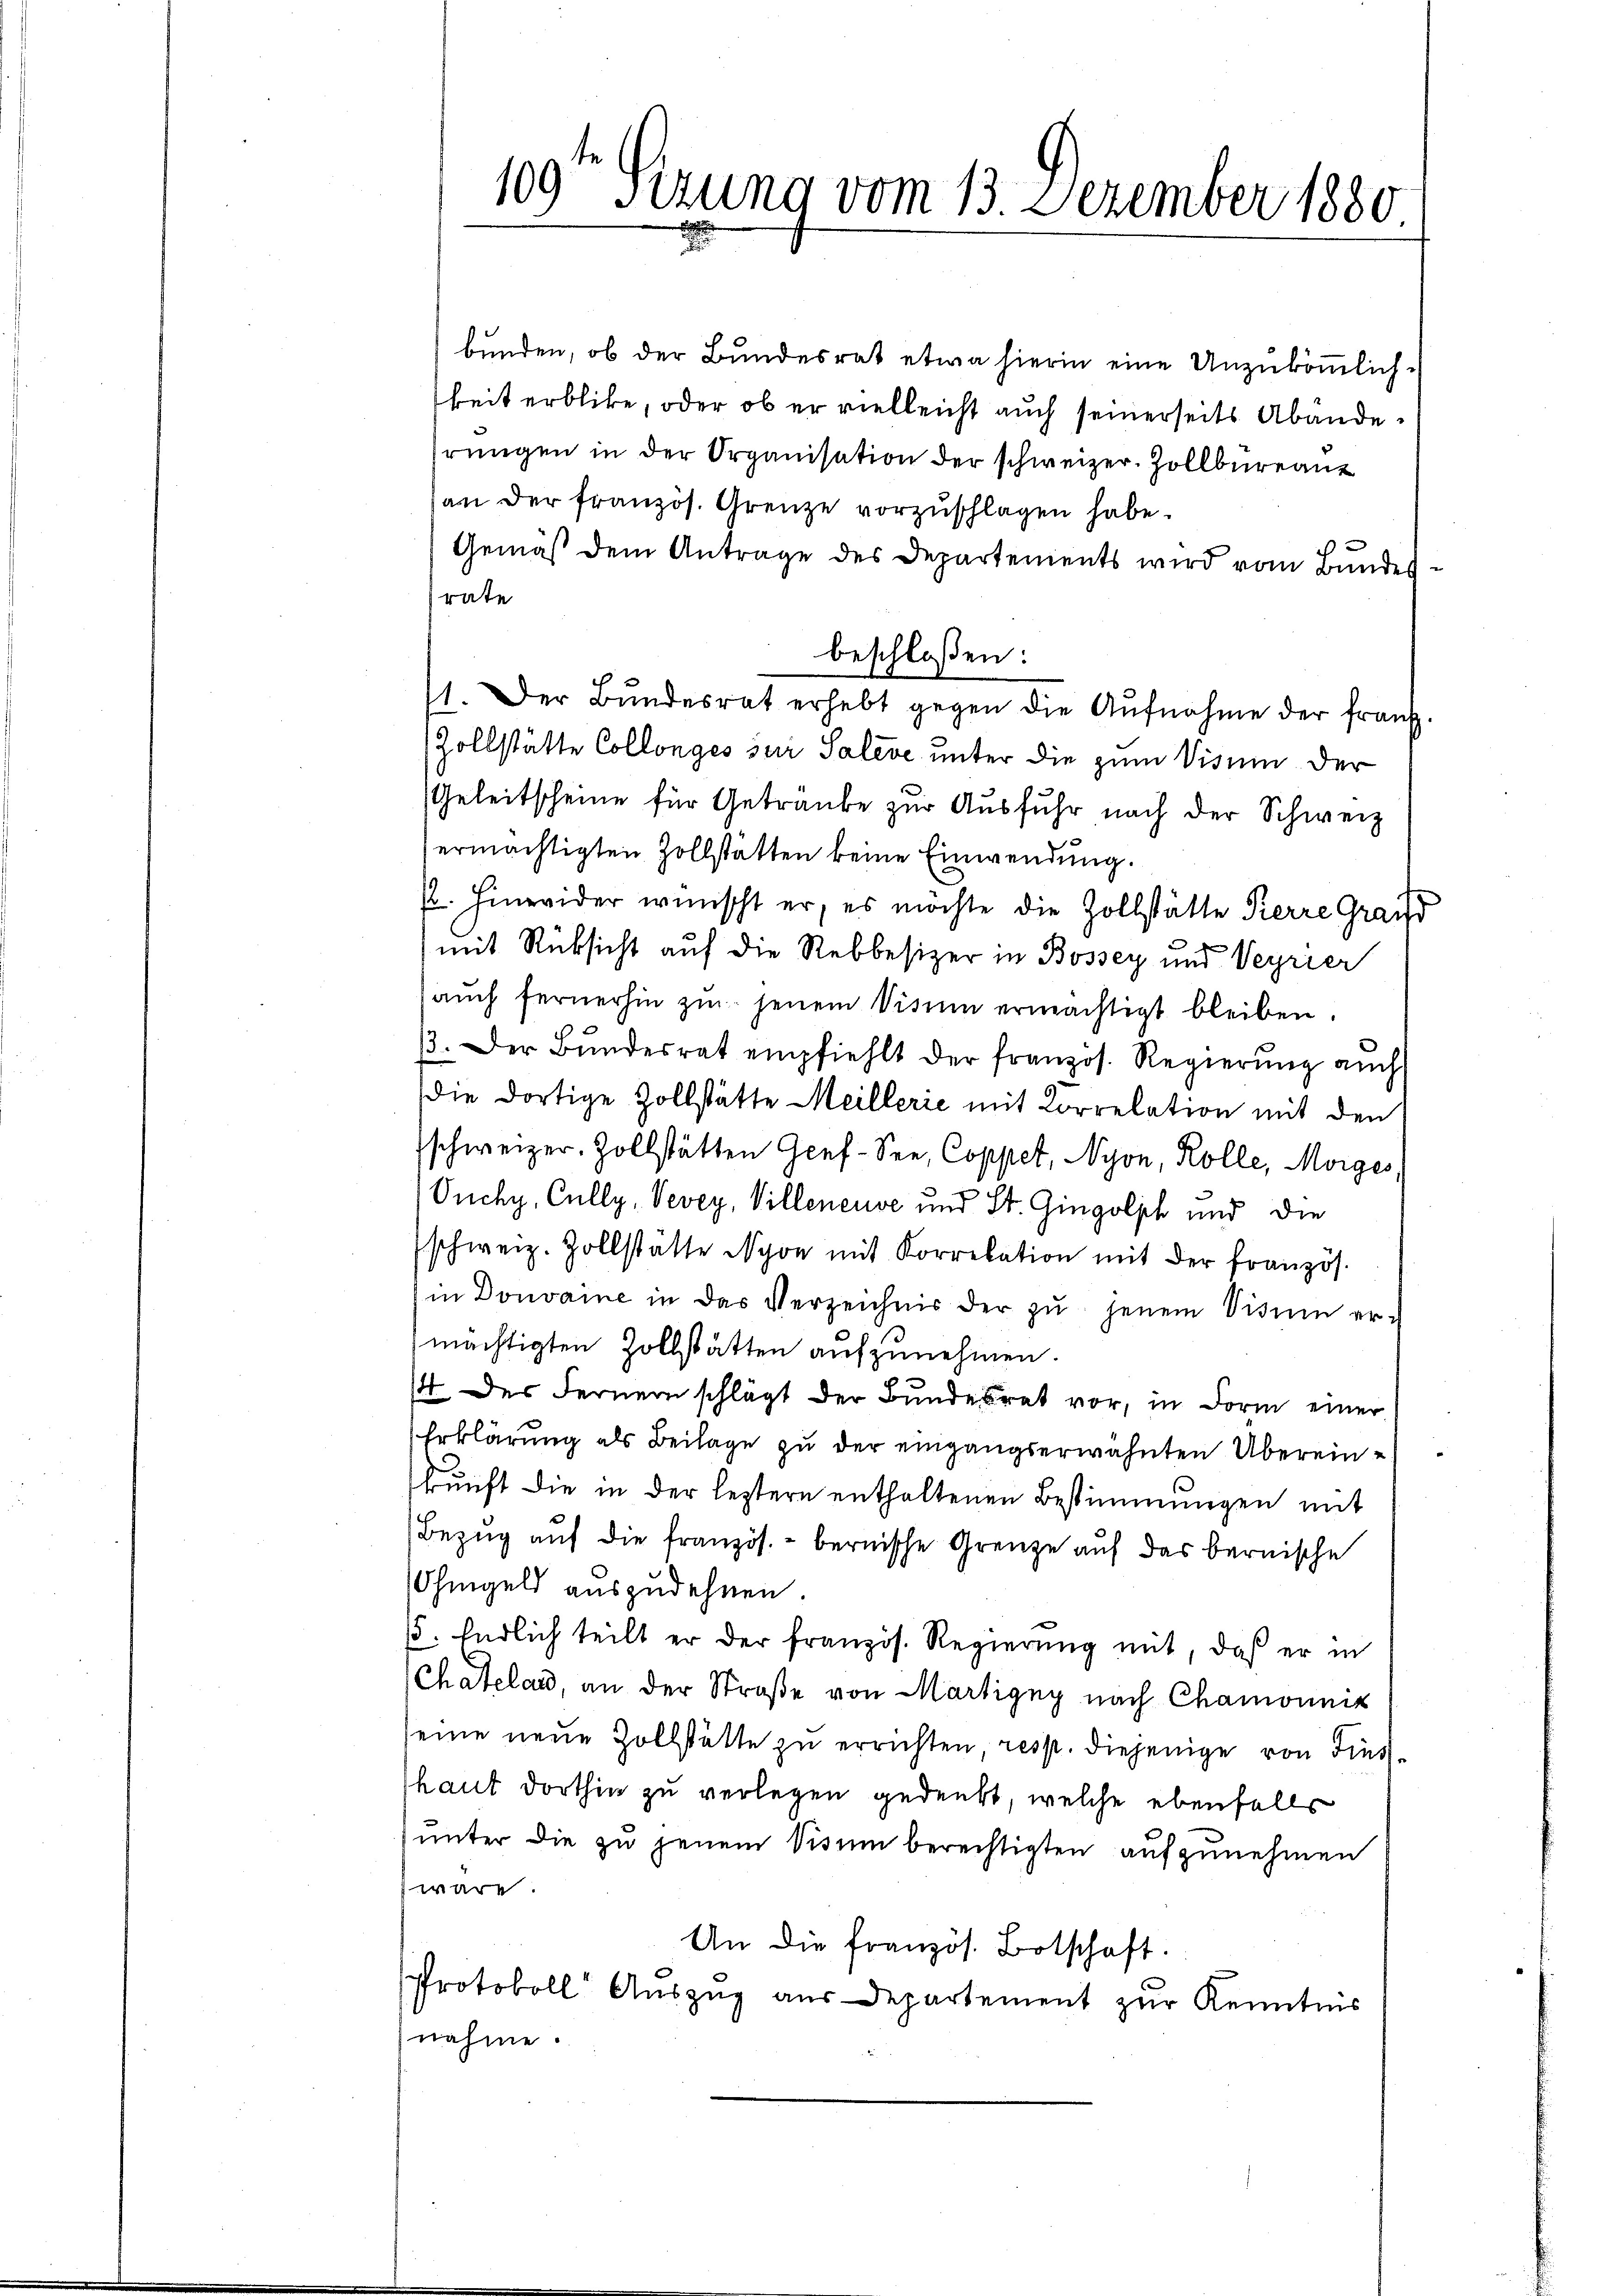
bunden, ob der Bundesrat etwa hierin eine Unzukömmlichkeit erblicke, oder ob er vielleicht auch seinerseits Abänderŭngen in der Organisation der schweizer. Zollbüreaut
an der französ. Grenze vorzŭschlagen habe.
Gemäβ dem Antrage des Departements wird vom Bŭndes-
rate
beschloßen:
11. Der Bŭndesrat erhebt gegen die Aŭfnahme der franz.
(Zollstätte Collonges zur Saleve unter die zum Visum der
Geleitscheine für Getraube zur Ausfuhr nach der Schweiz
ermächtigten Zollstätten keine Einwendung.
/. Hinweider wünscht er, es möchte die Zollstätte Pierre Grand
u
mit Rücksicht auf die Rebbesizer in Bossey und Verrier
aŭch fernerhin zu jenem Visum ermächtigt bleiben.
13. Der Bŭndesrat empfiehlt der französ. Regierŭng aŭch
Die dortige Zollstätte Meillerić mit Korrelation mit den
schweizer-Zollstätten Genf-See, Coppet, Nyon, Kolle, Morges
Ouchy, Cully, Vevey, Villeneuve und St. Gingolich und die
schweiz. Zollstätte Nyon mit Korrelation mit der französ.
in Donvaine in das Verzeichnis der zŭ jenem Situm ermächtigten Zollstätten aufzunehmen.
14 des Ferner schlägt der Bundesrat vor, in Form einer
Erklärung als Beilage zu der eingangserwähnten Übereinkunft die in der leztern enthaltenen Bestimmungen mit
Bezug auf die französ. - bernische Grenze auf das bernische
Ohmgeld auszudehnen
65. Endlich teilt er der französ. Regierung mit, daß er in
Chateland, an der Straße von Martigny nach Chamonnik
seine neue Zollstätte zu errichten, resp. diejenige von Finsthaut dorthin zu verlegen gedenkt, welche ebenfalls
ŭnter die zu jenem Visum berechtigten aufzunehmen
wäre.
An die französ. Botschaft.
Protokoll Auszug aus Departement zur Kenntnis
nahme.

109ten Sizung vom 13. Dezember 1880.